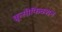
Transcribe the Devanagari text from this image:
क्रूसीफिक्शन